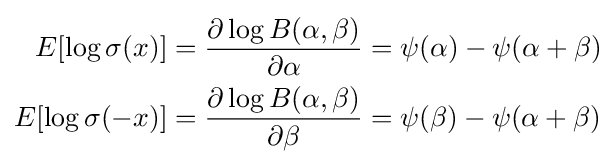
{\begin{aligned}E[\log \sigma (x)]&={\frac {\partial \log B(\alpha ,\beta )}{\partial \alpha }}=\psi (\alpha )-\psi (\alpha +\beta )\\E[\log \sigma (-x)]&={\frac {\partial \log B(\alpha ,\beta )}{\partial \beta }}=\psi (\beta )-\psi (\alpha +\beta )\\\end{aligned}}